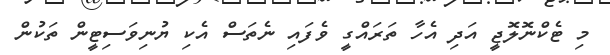
މި ޓެކްނޮލޮޖީ އަދި އެހާ ތަރައްގީ ވެފައި ނެތަސް އެކި ޔުނިވަސިޓީން ތަކުން